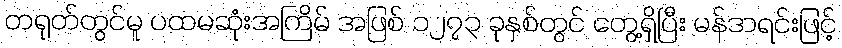
တရုတ်တွင်မူ ပထမဆုံးအကြိမ် အဖြစ် ၁၂၇၃ ခုနှစ်တွင် တွေ့ရှိပြီး မန်ဒာရင်းဖြင့်